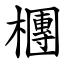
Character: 檲